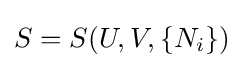
S=S(U,V,\{N_{i}\})